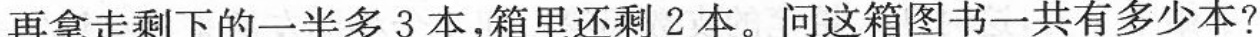
再拿走剩下的一半多3本，箱里还剩2本。问这箱图书一共有多少本?